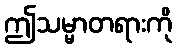
ဤသမ္မာတရားကို